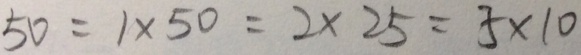
5 0 = 1 \times 5 0 = 2 \times 2 5 = 5 \times 1 0